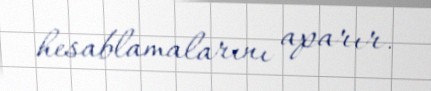
hesablamalarını aparır.